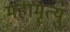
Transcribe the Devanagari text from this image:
महामृत्यु